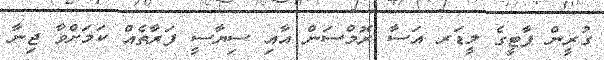
ގުރީން ޕާޓީގެ ލީޑަރ އަސާ ރޮމްސަން އާއި ސިޔާސީ ފަރާތެއް ކަމަށްވާ ޖިނާ